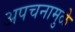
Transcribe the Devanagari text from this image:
अपचनामुळे